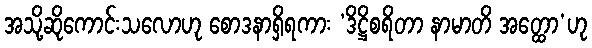
အသို့ဆိုကောင်းသလောဟု စောဒနာရှိရကား ‘ဒိဋ္ဌိစရိတာ နာမာတိ အတ္ထော’ဟု